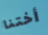
أختنا